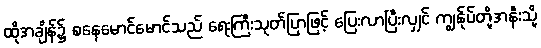
ထိုအချိန်၌ စနေမောင်မောင်သည် ရေးကြီးသုတ်ပြာဖြင့် ပြေးလာပြီးလျှင် ကျွန်ုပ်တို့အနီးသို့